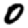
Digit: 0